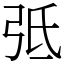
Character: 弤